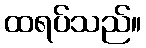
ထရပ်သည်။